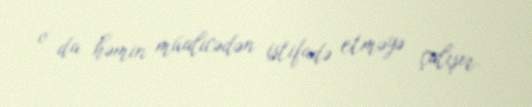
o da həmin müalicədən istifadə etməyə çalışır.